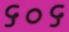
૬૦૬